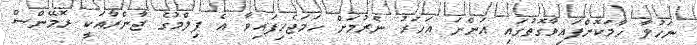
ނަހުލާ ހާމަކޮށްފައިވާގޮތުގައި އަންނަ އަހަރު ނެރުމަށް ހަމަޖެހިފައިވާ އެ ފިލްމުގެ ޖާންރާއަކީ ރޮމޭންސް